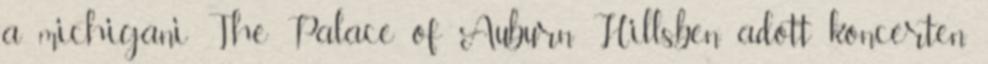
a michigani The Palace of Auburn Hillsben adott koncerten